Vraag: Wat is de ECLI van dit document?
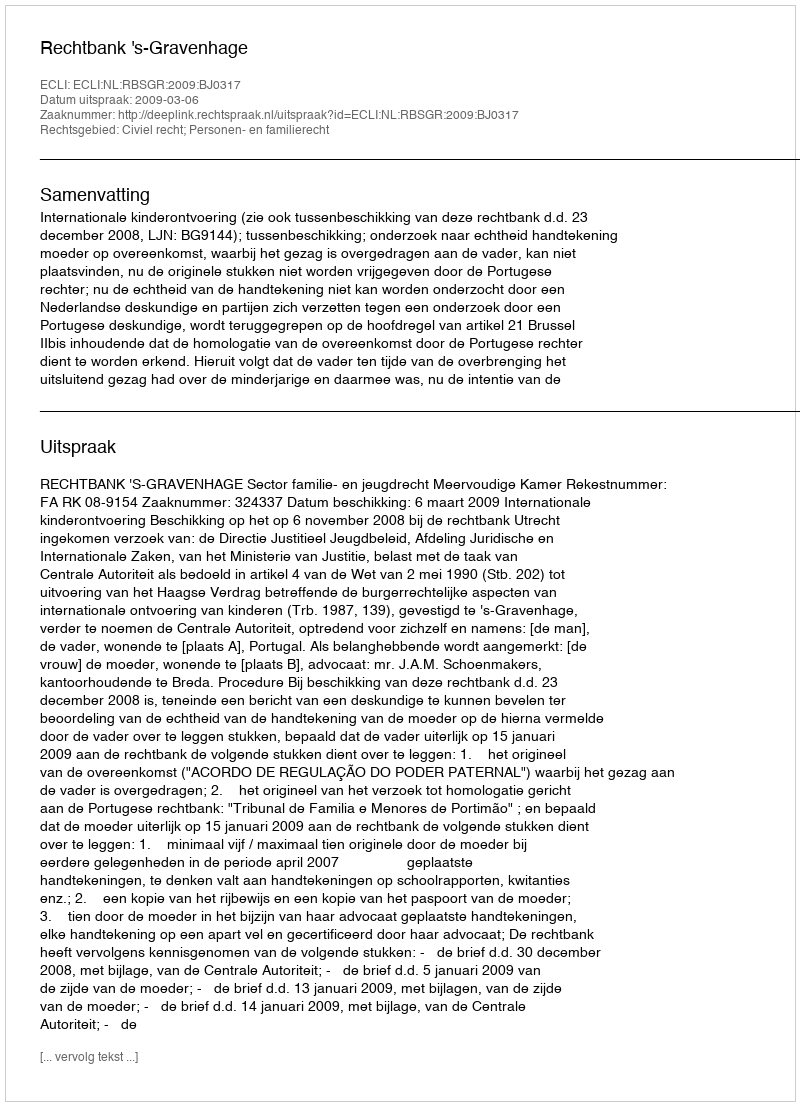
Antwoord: ECLI:NL:RBSGR:2009:BJ0317